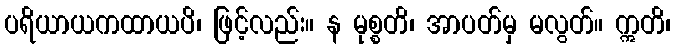
ပရိယာယကထာယပိ၊ ဖြင့်လည်း။ န မုစ္စတိ၊ အာပတ်မှ မလွတ်။ ဣတိ၊